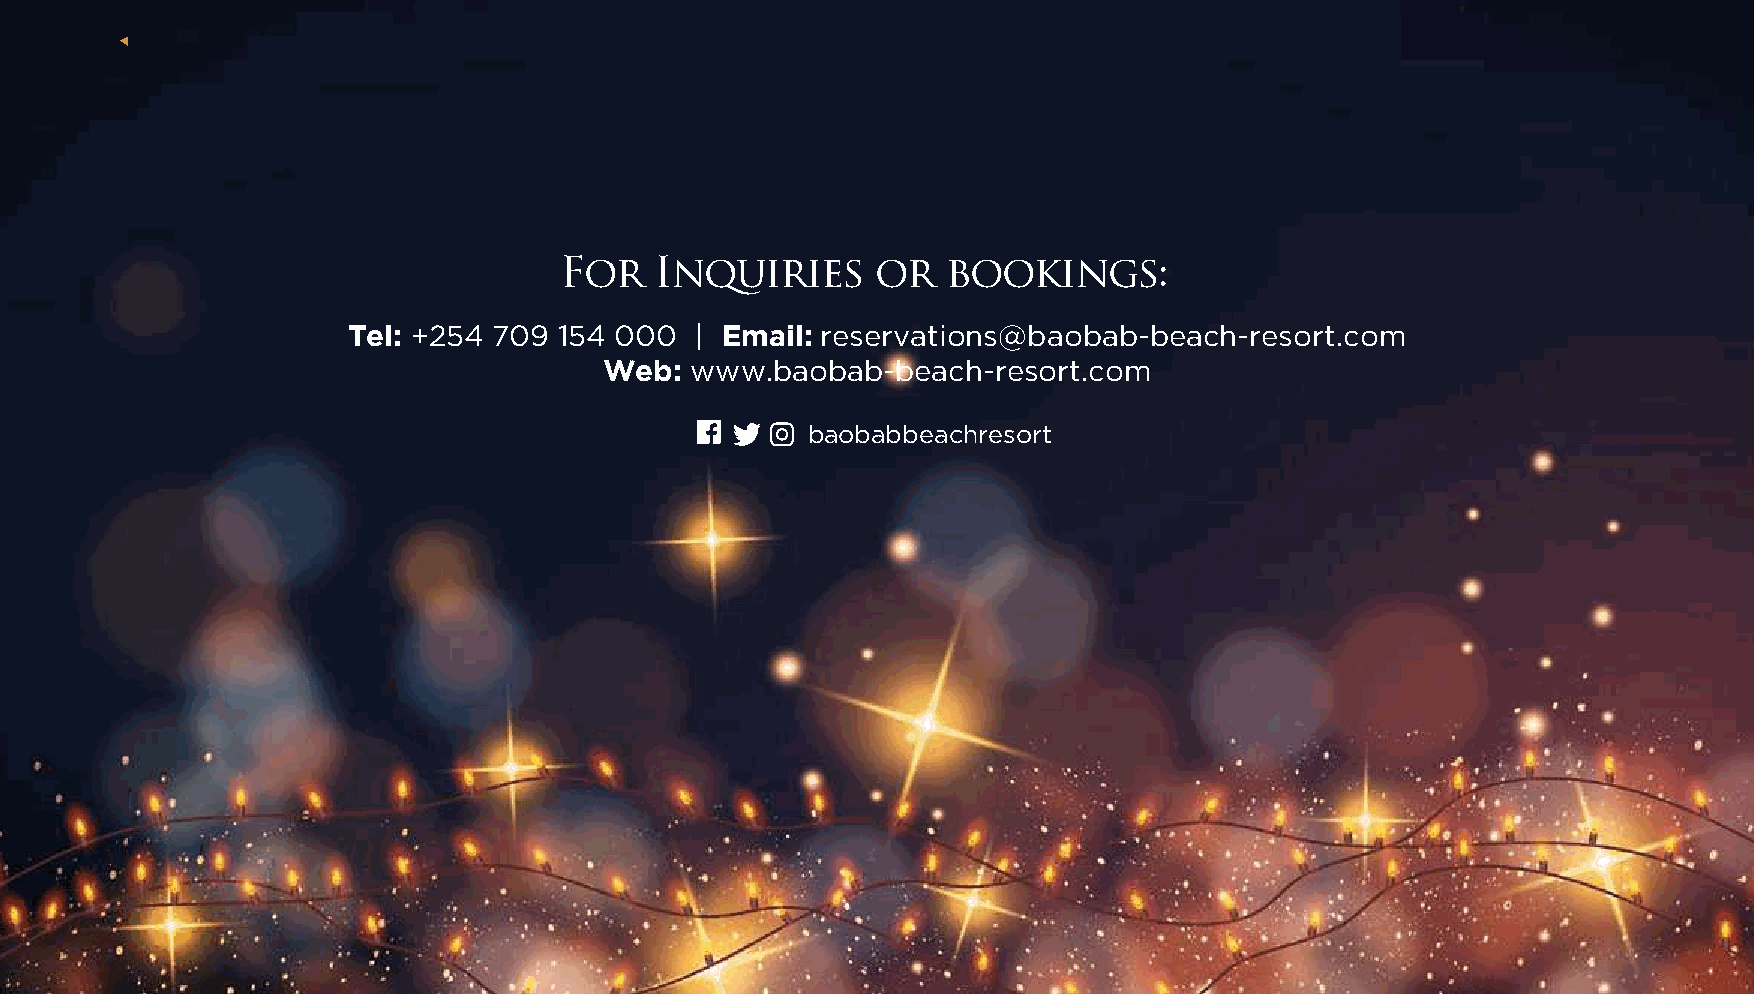
For   Inquiries      or   bookings:
 Tel: +254 709 154 000  | Email: reservations@baobab-beach-resort.com
 Web:  www.baobab-beach-resort.com
 baobabbeachresort